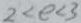
2 < e < 3